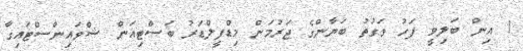
1 އިން ބަލިވީ ފަހު ވަގުތު ބަޔާންގެ ޖަރުމަން މިޑްފީލްޑަރު ބަސްޓިއަން ޝްވައިންސްޓައިގާ